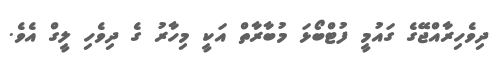
ދިވެހިރާއްޖޭގެ ގައުމީ ފުޓްބޯޅަ މުބާރާތް އަކީ މިހާރު ގެ ދިވެހި ލީގް އެވެ.